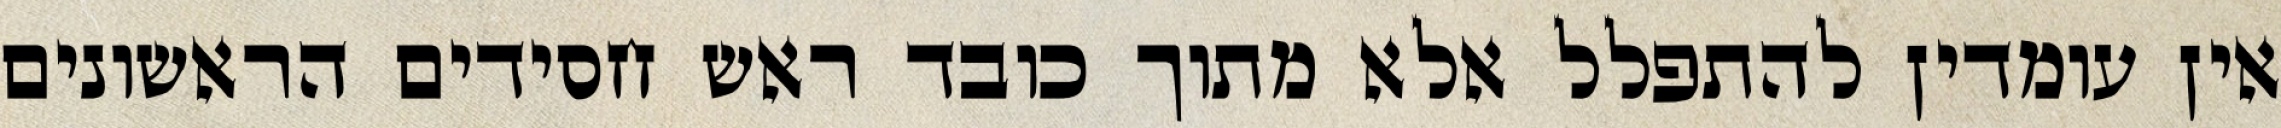
אין עומדין להתפלל אלא מתוך כובד ראש חסידים הראשונים